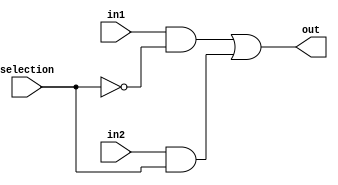
module mux2x1_1bit (output out, input in1, in2, selection);

	wire selection_not;
	wire w1, w2;
	
	not not1(selection_not, selection);
	
	and and1(w1, in1, selection_not);
	and and2(w2, in2, selection);
	
	or or1(out, w1, w2);

endmodule